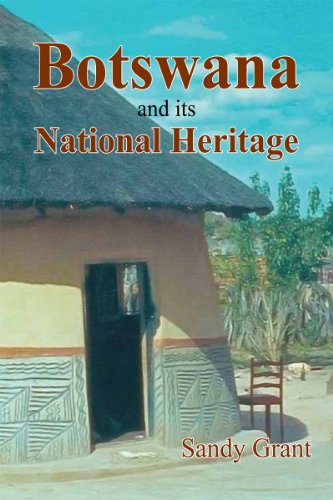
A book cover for Botswana & Its National Heritage; Sandy Grant; Travel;